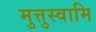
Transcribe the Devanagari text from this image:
मुत्तुस्वामि